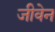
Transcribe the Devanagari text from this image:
जीवेन